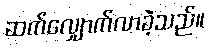
ဆက်လျှောက်လာခဲ့သည်။